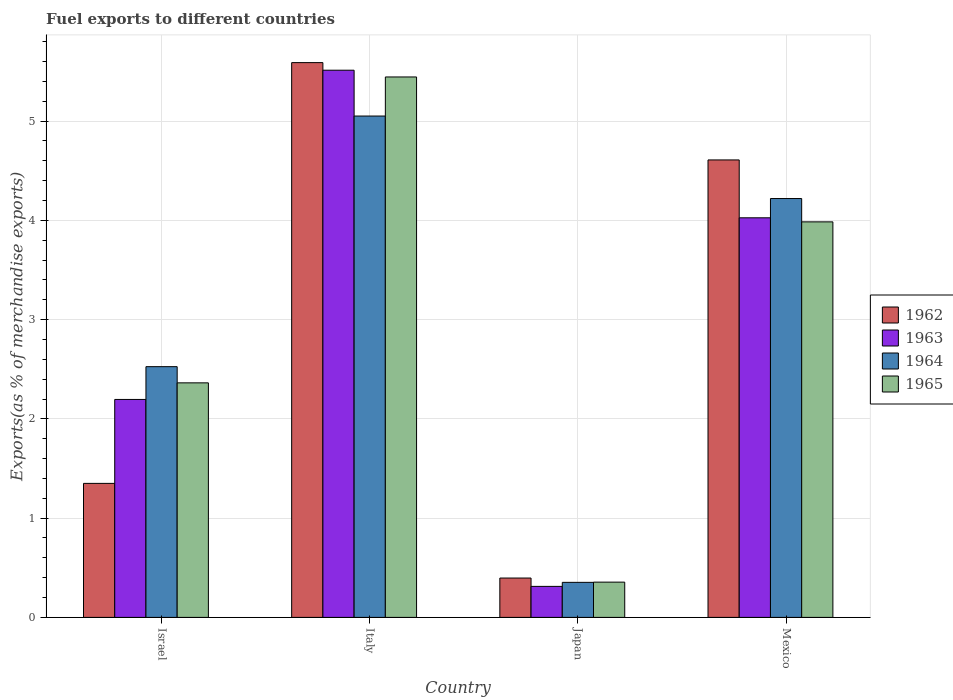
| Country | 1962 | 1963 | 1964 | 1965 |
 | --- | --- | --- | --- | --- |
 | Israel | 1.35 | 2.2 | 2.53 | 2.36 |
 | Italy | 5.59 | 5.51 | 5.05 | 5.45 |
 | Japan | 0.397 | 0.312 | 0.353 | 0.355 |
 | Mexico | 4.61 | 4.03 | 4.22 | 3.99 |